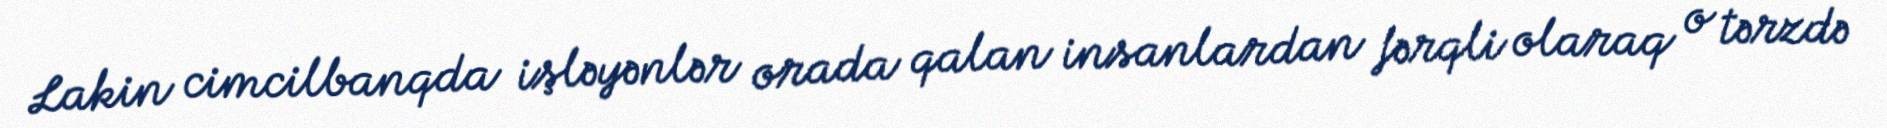
Lakin cimcilbanqda işləyənlər orada qalan insanlardan fərqli olaraq o tərzdə